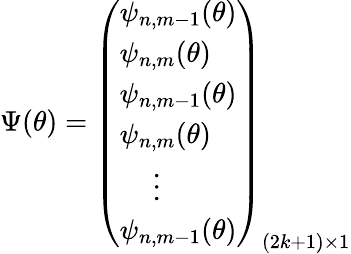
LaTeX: \Psi(\theta)=\left(\begin{array}{lr}{{\psi_{n,m-1}(\theta)}}\\ {{\psi_{n,m}(\theta)}}\\ {{\psi_{n,m-1}(\theta)}}\\ {{\psi_{n,m}(\theta)}}\\ {{\, \, \, \, \, \, \, \vdots}}\\ {{\psi_{n,m-1}(\theta)}}\end{array}\right)_{(2k+1)\times 1}